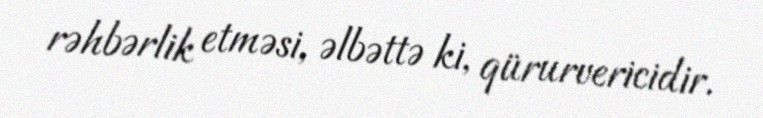
rəhbərlik etməsi, əlbəttə ki, qürurvericidir.